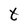
Character: t